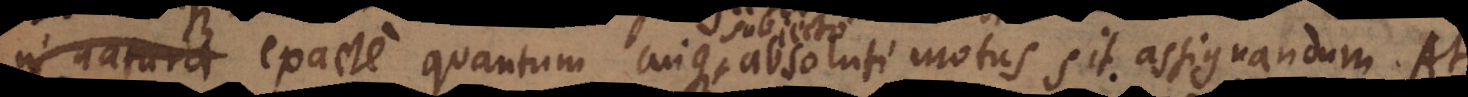
in natura exacte quantum cuique absoluti motus sit assignandum. At